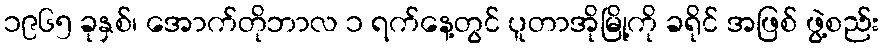
၁၉၆၅ ခုနှစ်၊ အောက်တိုဘာလ ၁ ရက်နေ့တွင် ပူတာအိုမြို့ကို ခရိုင် အဖြစ် ဖွဲ့စည်း